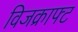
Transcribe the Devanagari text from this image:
विजक्राफ्ट